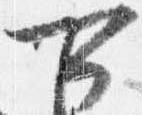
可